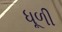
ધૂળી